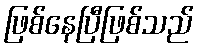
ဖြစ်နေပြီဖြစ်သည်